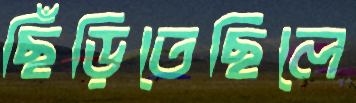
ছিঁড়িতেছিলে